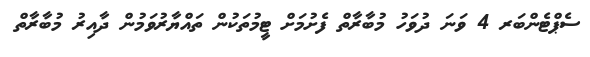
ސެޕްޓެންބަރ 4 ވަނަ ދުވަހު މުބާރާތް ފެށުމަށް ޓީމުތަކުން ތައްޔާރުވަމުން ދާއިރު މުބާރާތް